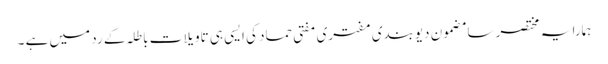
ہمارا یہ مختصر سا مضمون دیوبندی مفتری مفتی حماد کی ایسی ہی تاویلات باطلہ کے رد میں ہے ۔